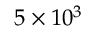
5 \times 1 0 ^ { 3 }